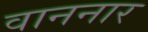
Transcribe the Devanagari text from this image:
वाननार